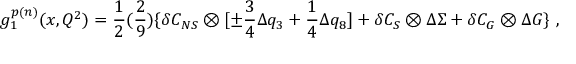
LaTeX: g _ { 1 } ^ { p ( n ) } ( x , Q ^ { 2 } ) = { \frac { 1 } { 2 } } ( { \frac { 2 } { 9 } } ) \{ \delta C _ { N S } \otimes [ \pm { \frac { 3 } { 4 } } \Delta q _ { 3 } + { \frac { 1 } { 4 } } \Delta q _ { 8 } ] + \delta C _ { S } \otimes \Delta \Sigma + \delta C _ { G } \otimes \Delta G \} ~ ,